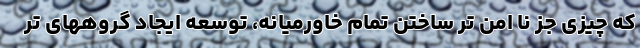
که چیزی جز نا امن تر ساختن تمام خاورمیانه، توسعه ایجاد گروههای تر